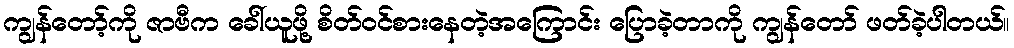
ကျွန်တော့်ကို ဇာဗီက ခေါ်ယူဖို့ စိတ်ဝင်စားနေတဲ့အကြောင်း ပြောခဲ့တာကို ကျွန်တော် ဖတ်ခဲ့ပါတယ်။